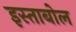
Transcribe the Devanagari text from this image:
इस्ताबोल